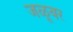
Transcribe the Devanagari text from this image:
जळूवर